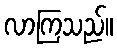
လာကြသည်။